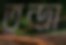
তুন্দ্রা